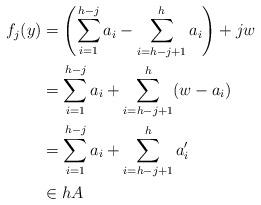
LaTeX: \begin{align*}f_j(y) & = \left( \sum_{i=1}^{h-j} a_i -\sum_{i=h-j+1}^h a_i \right) + jw \\ & = \sum_{i=1}^{h-j} a_i + \sum_{i=h-j+1}^h (w - a_i) \\ & = \sum_{i=1}^{h-j} a_i + \sum_{i=h-j+1}^h a'_i \\ & \in hA\end{align*}